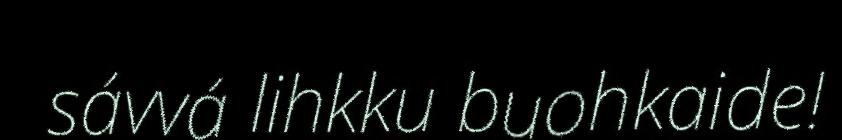
sávvá lihkku buohkaide!